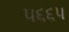
૫૬૬૫